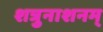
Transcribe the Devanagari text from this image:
शत्रुनाशनम्